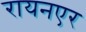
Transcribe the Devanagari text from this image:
रायनएर